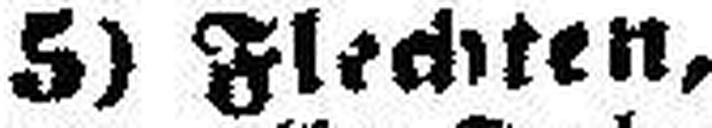
5) Flechten,